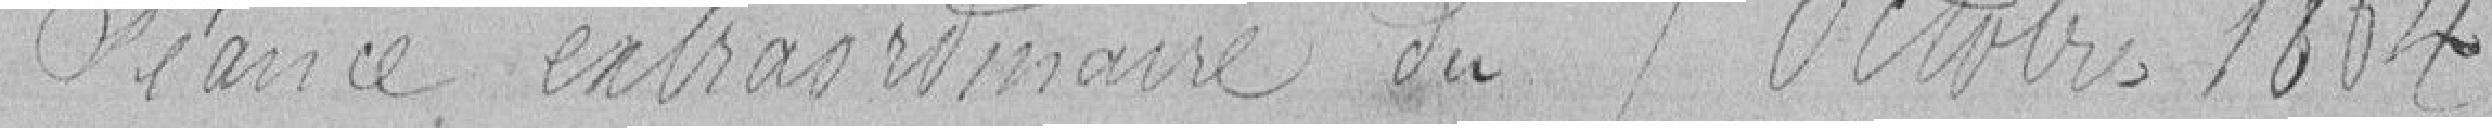
Séance extraordinaire du 7 octobre 1864